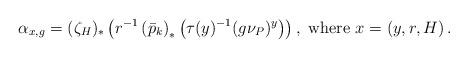
LaTeX: \begin{align*}\alpha_{x,g}=(\zeta_{H})_{\ast}\left(r^{-1}\left(\bar{p}_{k}\right)_{\ast}\left(\tau(y)^{-1}(g\nu_{P})^{y}\right)\right),\ \mbox{where }x=\left(y,r,H\right).\end{align*}